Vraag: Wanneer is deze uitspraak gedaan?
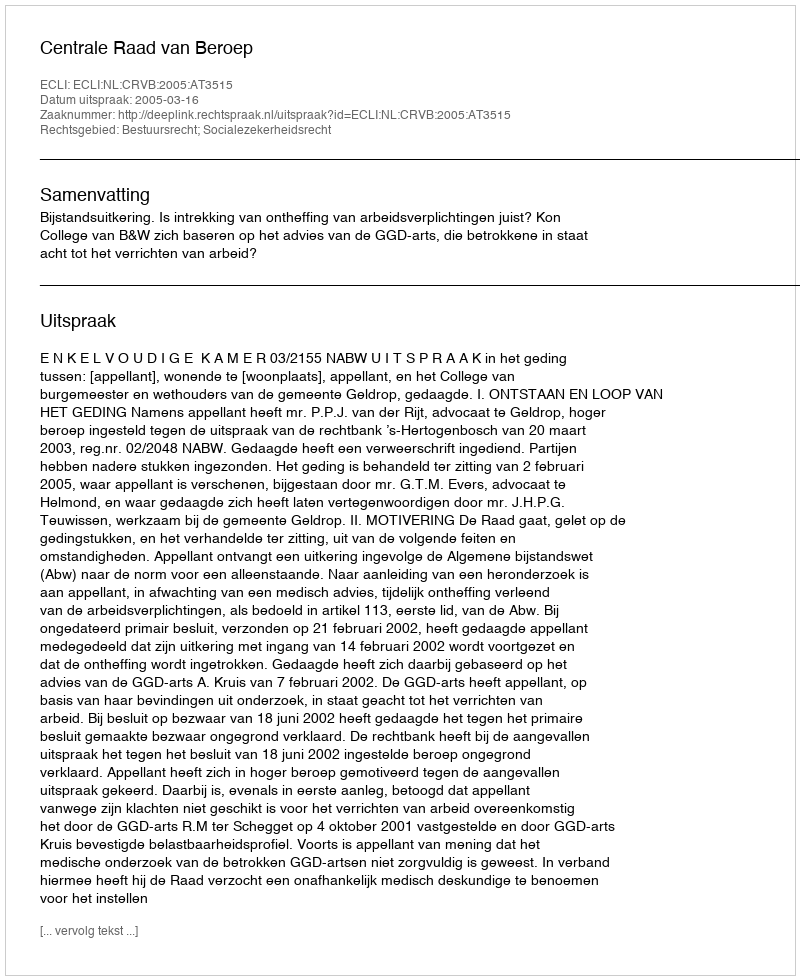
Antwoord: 2005-03-16